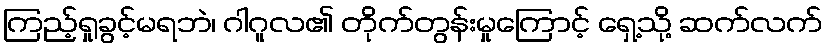
ကြည့်ရှုခွင့်မရဘဲ၊ ဂါဂူလ၏ တိုက်တွန်းမှုကြောင့် ရှေ့သို့ ဆက်လက်